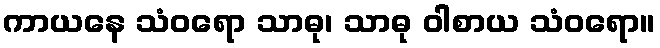
ကာယနေ သံဝရော သာဓု၊ သာဓု ဝါစာယ သံဝရော။